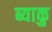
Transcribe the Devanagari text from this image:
ब्याकु